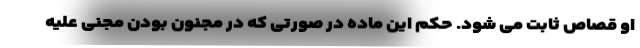
او قصاص ثابت می شود. حکم این ماده در صورتی که در مجنون بودن مجنی علیه